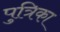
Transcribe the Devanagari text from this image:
पुत्रिका